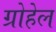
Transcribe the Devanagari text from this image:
ग्रोहेल